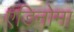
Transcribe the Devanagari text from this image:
एडिनोमा